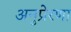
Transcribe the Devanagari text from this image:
अनुप्रेरणा